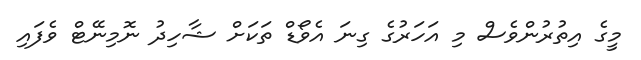
މީގެ އިތުރުންވެސް މި އަހަރުގެ ގިނަ އެވޯޑް ތަކަށް ޝާހިދު ނޮމިނޭޓް ވެފައި